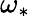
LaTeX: \omega_{*}